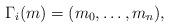
LaTeX: \begin{align*}\Gamma_i(m)=(m_0, \dots, m_n), \end{align*}